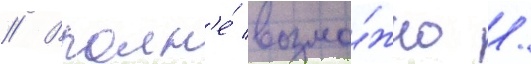
// Вполн'е́ возмо́жно /